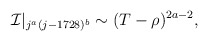
\begin{align*}{\cal I}|_{j^a (j-1728)^b} \sim (T-\rho)^{2a - 2},\end{align*}